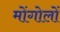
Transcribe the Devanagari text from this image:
मोंगोलों